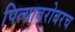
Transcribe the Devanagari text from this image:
पित्याबरोबरच